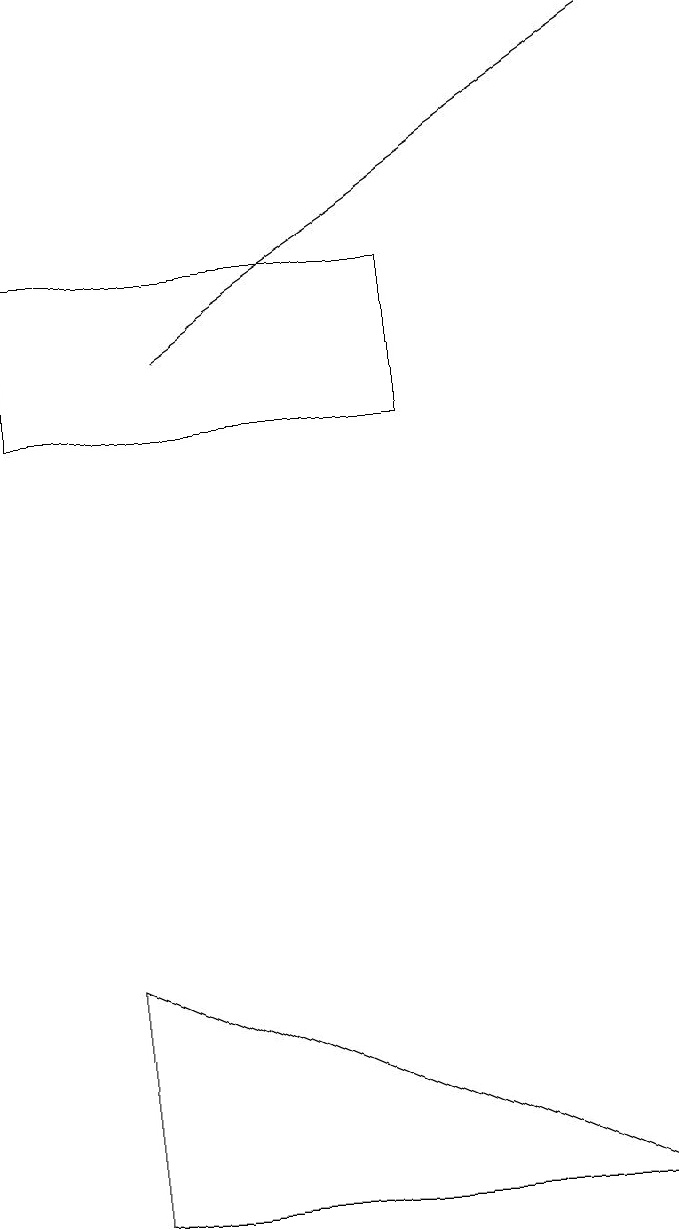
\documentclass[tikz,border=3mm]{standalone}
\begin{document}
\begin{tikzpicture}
\draw (8,0) -- (1,3) -- (1,0) -- cycle;
\draw[->] (2,11) -- (8,15);
\draw (5,10) rectangle (0,12);
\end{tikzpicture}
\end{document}